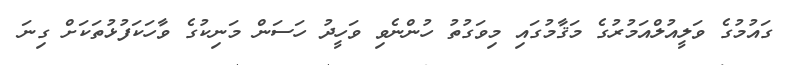
ގައުމުގެ ވަލީއުލްއަމުރުގެ މަޤާމުގައި މިވަގުތު ހުންނެވި ވަހީދު ހަސަން މަނިކުގެ ވާހަކަފުޅުތަކަށް ގިނަ